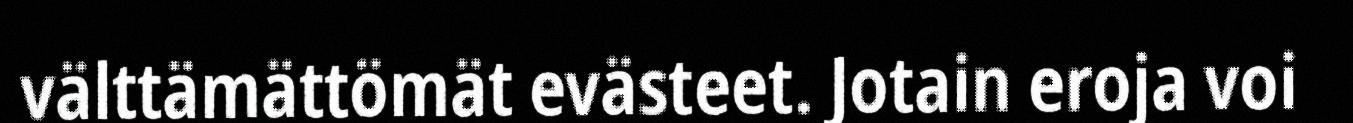
välttämättömät evästeet. Jotain eroja voi